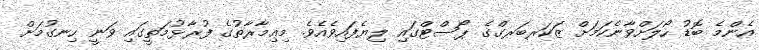
އެންމެ ބޮޑު ހޯލަށްވާނެކަމަށް ޒަކަރބަރގްގެ ޕޯސްޓްގައި ލިޔެފައިވެއެވެ. މިޢިމާރާތުގެ ފުރާޅުމަތީގައި ވަނީ ހިނގުމަށް